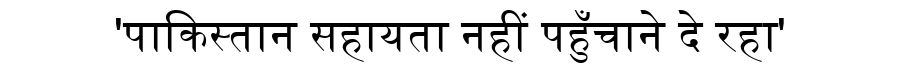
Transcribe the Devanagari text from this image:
'पाकिस्तान सहायता नहीं पहुँचाने दे रहा'